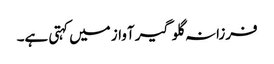
فرزانہ گلوگیر آواز میں کہتی ہے۔